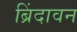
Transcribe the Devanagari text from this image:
ब्रिंदावन